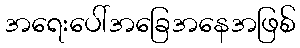
အရေးပေါ်အခြေအနေအဖြစ်